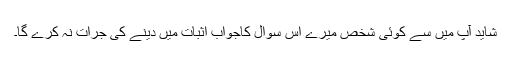
شاید آپ میں سے کوئی شخص میرے اس سوال کاجواب اثبات میں دینے کی جرات نہ کرے گا۔